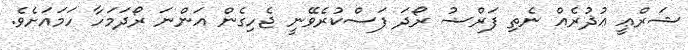
ޝަރްޢީ ޢުޛުރެއް ނެތި ފަރްޟު ރޯދަ ފަސްކުރެވޭނީ ޖެހިގެން އަންނަ ރޯދަމަހާ ހަމައަށެވެ.